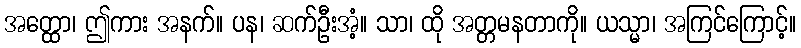
အတ္ထော၊ ဤကား အနက်။ ပန၊ ဆက်ဦးအံ့။ သာ၊ ထို အတ္တမနတာကို။ ယသ္မာ၊ အကြင်ကြောင့်။